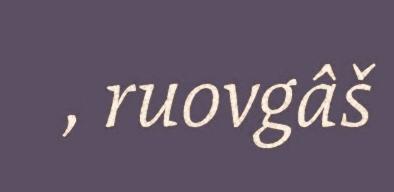
, ruovgâš